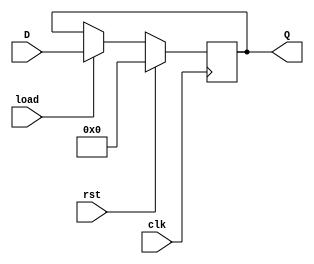
module Reg_8bit(Q,D,load,clk,rst);

output	[7:0]Q;
input	[7:0]D;
input	load,clk,rst;

reg [7:0]Q;

always@(posedge clk)
	begin
		if(rst==1)Q<=8'b0;
		else if(load==1)Q<=D;
	end

endmodule